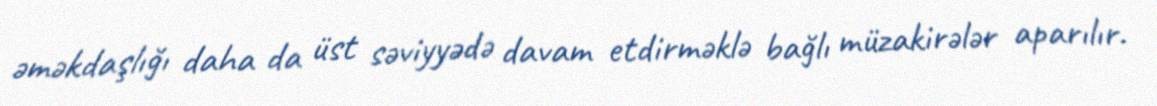
əməkdaşlığı daha da üst səviyyədə davam etdirməklə bağlı müzakirələr aparılır.